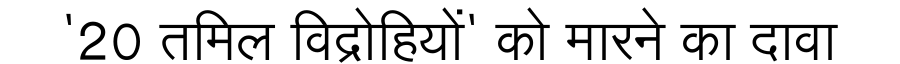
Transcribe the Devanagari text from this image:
'20 तमिल विद्रोहियों' को मारने का दावा